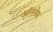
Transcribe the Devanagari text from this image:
ऑरलेम